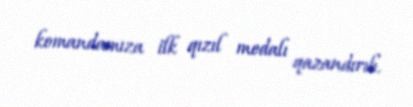
komandamıza ilk qızıl medalı qazandırıb.